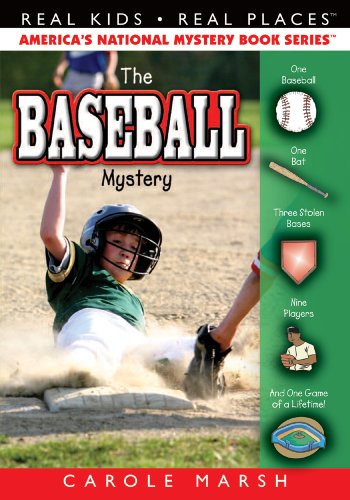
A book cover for The Baseball Mystery (Real Kids! Real Places!); Carole Marsh; Children's Books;